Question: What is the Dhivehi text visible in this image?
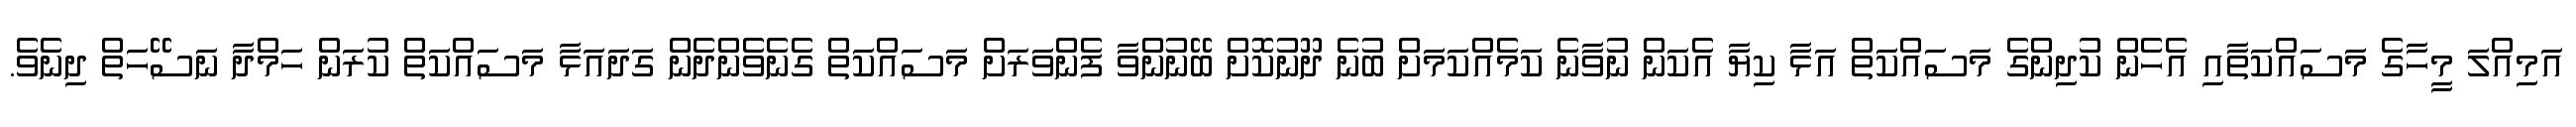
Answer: އަމިއްލަ މީހާގެ މަސައްކަތާއި އެހެން ކުދިންގެ މަސައްކަތް އަޅާ ކިޔާ އެކަން ނުވާނެ ކަމެއްކަމަށް ބުނެ ދޫނުކޮށް ބޭނުންވާ ފެންވަރަށް މަސައްކަތް ގެނެވެންދެން ގަދައަޅާ މަސައްކަތް ކުރަން ހަމްދާ ނަސޭހަތް ދިނެވެ.